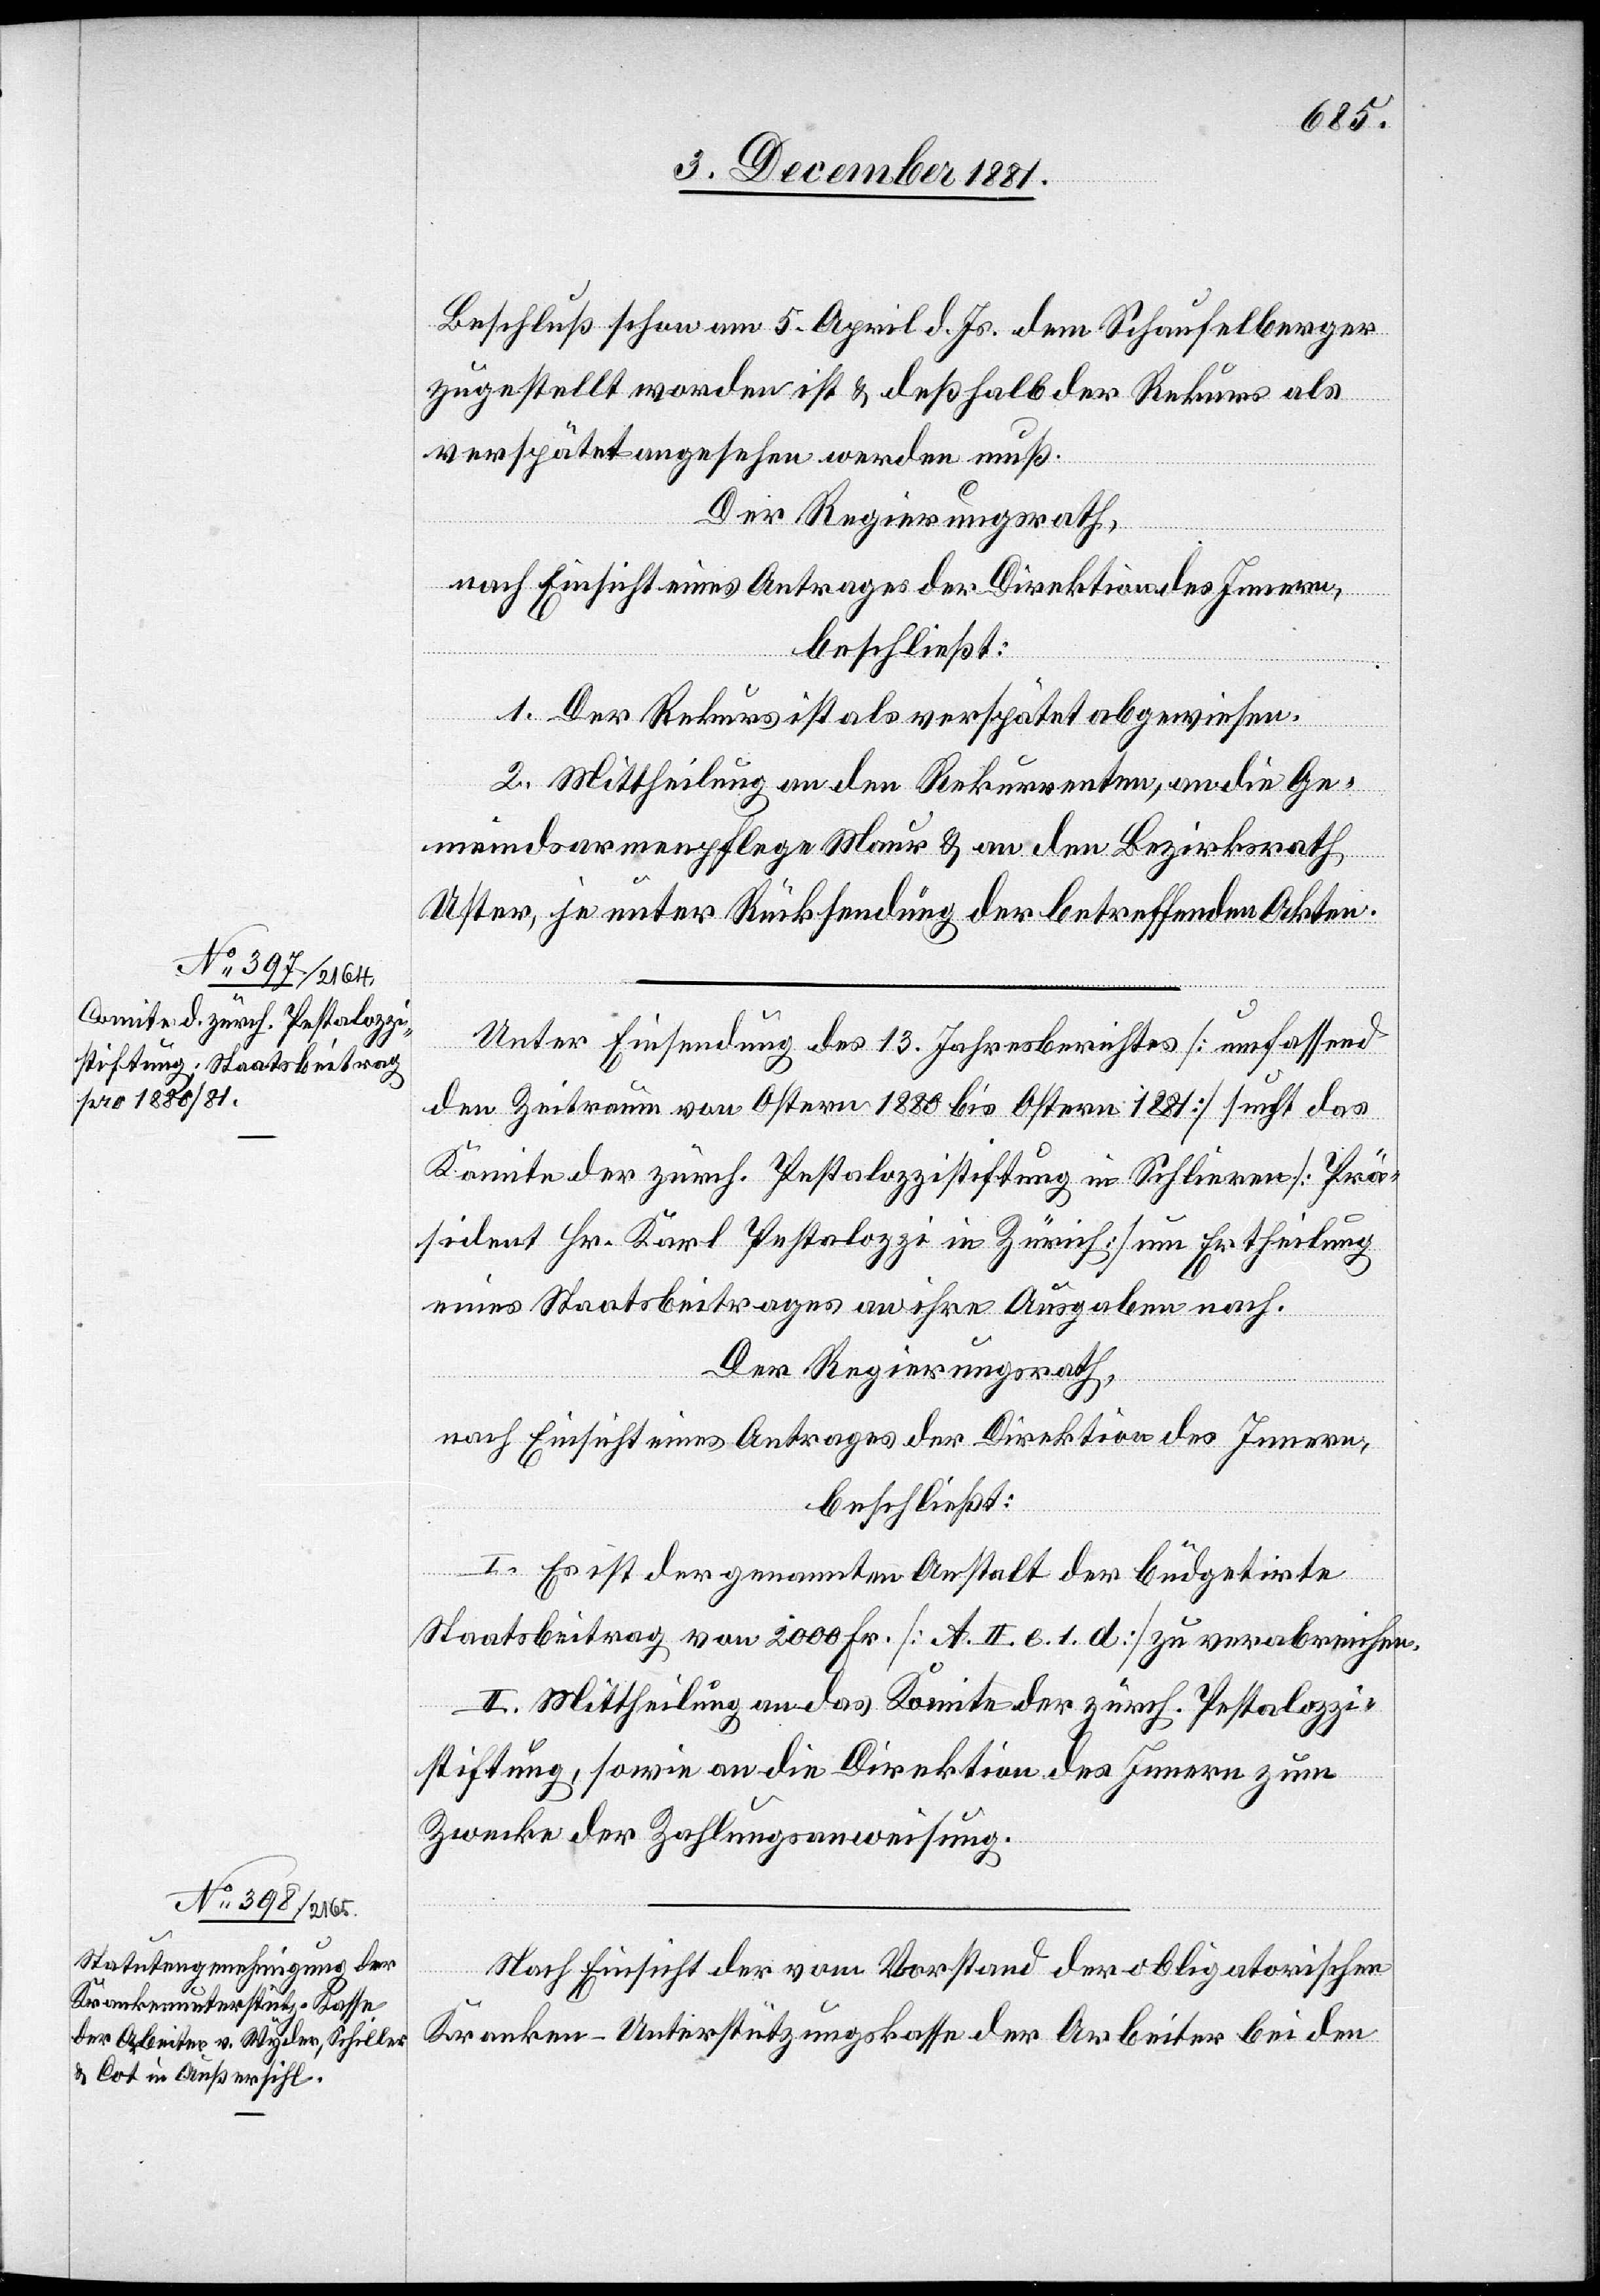
Beschluß schon am 5. April d. Js. dem Schaufelberger
zugestellt worden ist & deßhalb der Rekurs als
verspätet angesehen werden muß.
Der Regierungsrath,
nach Einsicht eines Antrages der Direktion des Innern,
beschließt:
1. Der Rekurs ist als verspätet abgewiesen.
2. Mittheilung an den Rekurrenten, an die Ge¬
meindsarmenpflege Maur & an den Bezirksrath
Uster, je unter Rücksendung der betreffenden Akten.
Unter Einsendung des 13. Jahresberichtes [umfassend
den Zeitraum von Ostern 1880 bis Ostern 1881] sucht das
Komite der zürch. Pestalozzistiftung in Schlieren [Prä¬
sident Hr. Karl Pestalozzi in Zürich] um Ertheilung
eines Staatsbeitrages an ihre Ausgaben nach.
Der Regierungsrath,
nach Einsicht eines Antrages der Direktion des Innern,
beschließt:
I. Es ist der genannten Anstalt der büdgetirte
Staatsbeitrag von 2000 Fr. [A. II. e. 1. d] zu verabreichen.
II. Mittheilung an das Komite der zürch. Pestalozzi¬
stiftung, sowie an die Direktion des Innern zum
Zwecke der Zahlungsanweisung.
Nach Einsicht der vom Vorstand der obligatorischen
Kranken-Unterstützungskasse der Arbeiter bei den